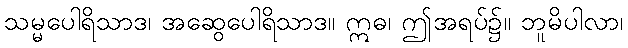
သမ္မပေါရိသာဒ၊ အဆွေပေါရိသာဒ။ ဣဓ၊ ဤအရပ်၌။ ဘူမိပါလာ၊